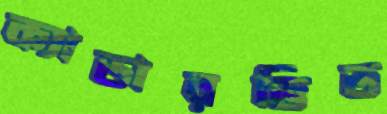
ক্যাডারভিত